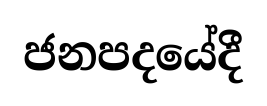
ජනපදයේදී